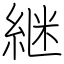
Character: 継